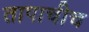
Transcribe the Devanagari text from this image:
तापाचीच